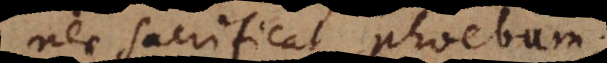
nec sacrificat Phoebum;